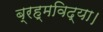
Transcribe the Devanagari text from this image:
ब्रह्मविद्या।